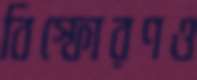
বিস্ফোরণও